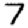
Digit: 7